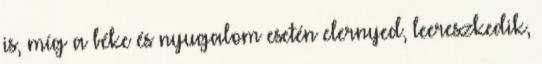
is, míg a béke és nyugalom esetén elernyed, leereszkedik,